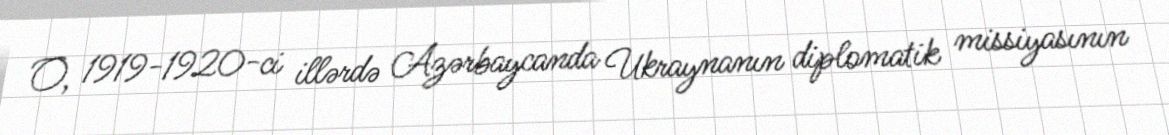
O, 1919-1920-ci illərdə Azərbaycanda Ukraynanın diplomatik missiyasının